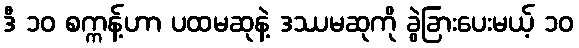
ဒီ ၁၀ စက္ကန့်ဟာ ပထမဆုနဲ့ ဒဿမဆုကို ခွဲခြားပေးမယ့် ၁၀